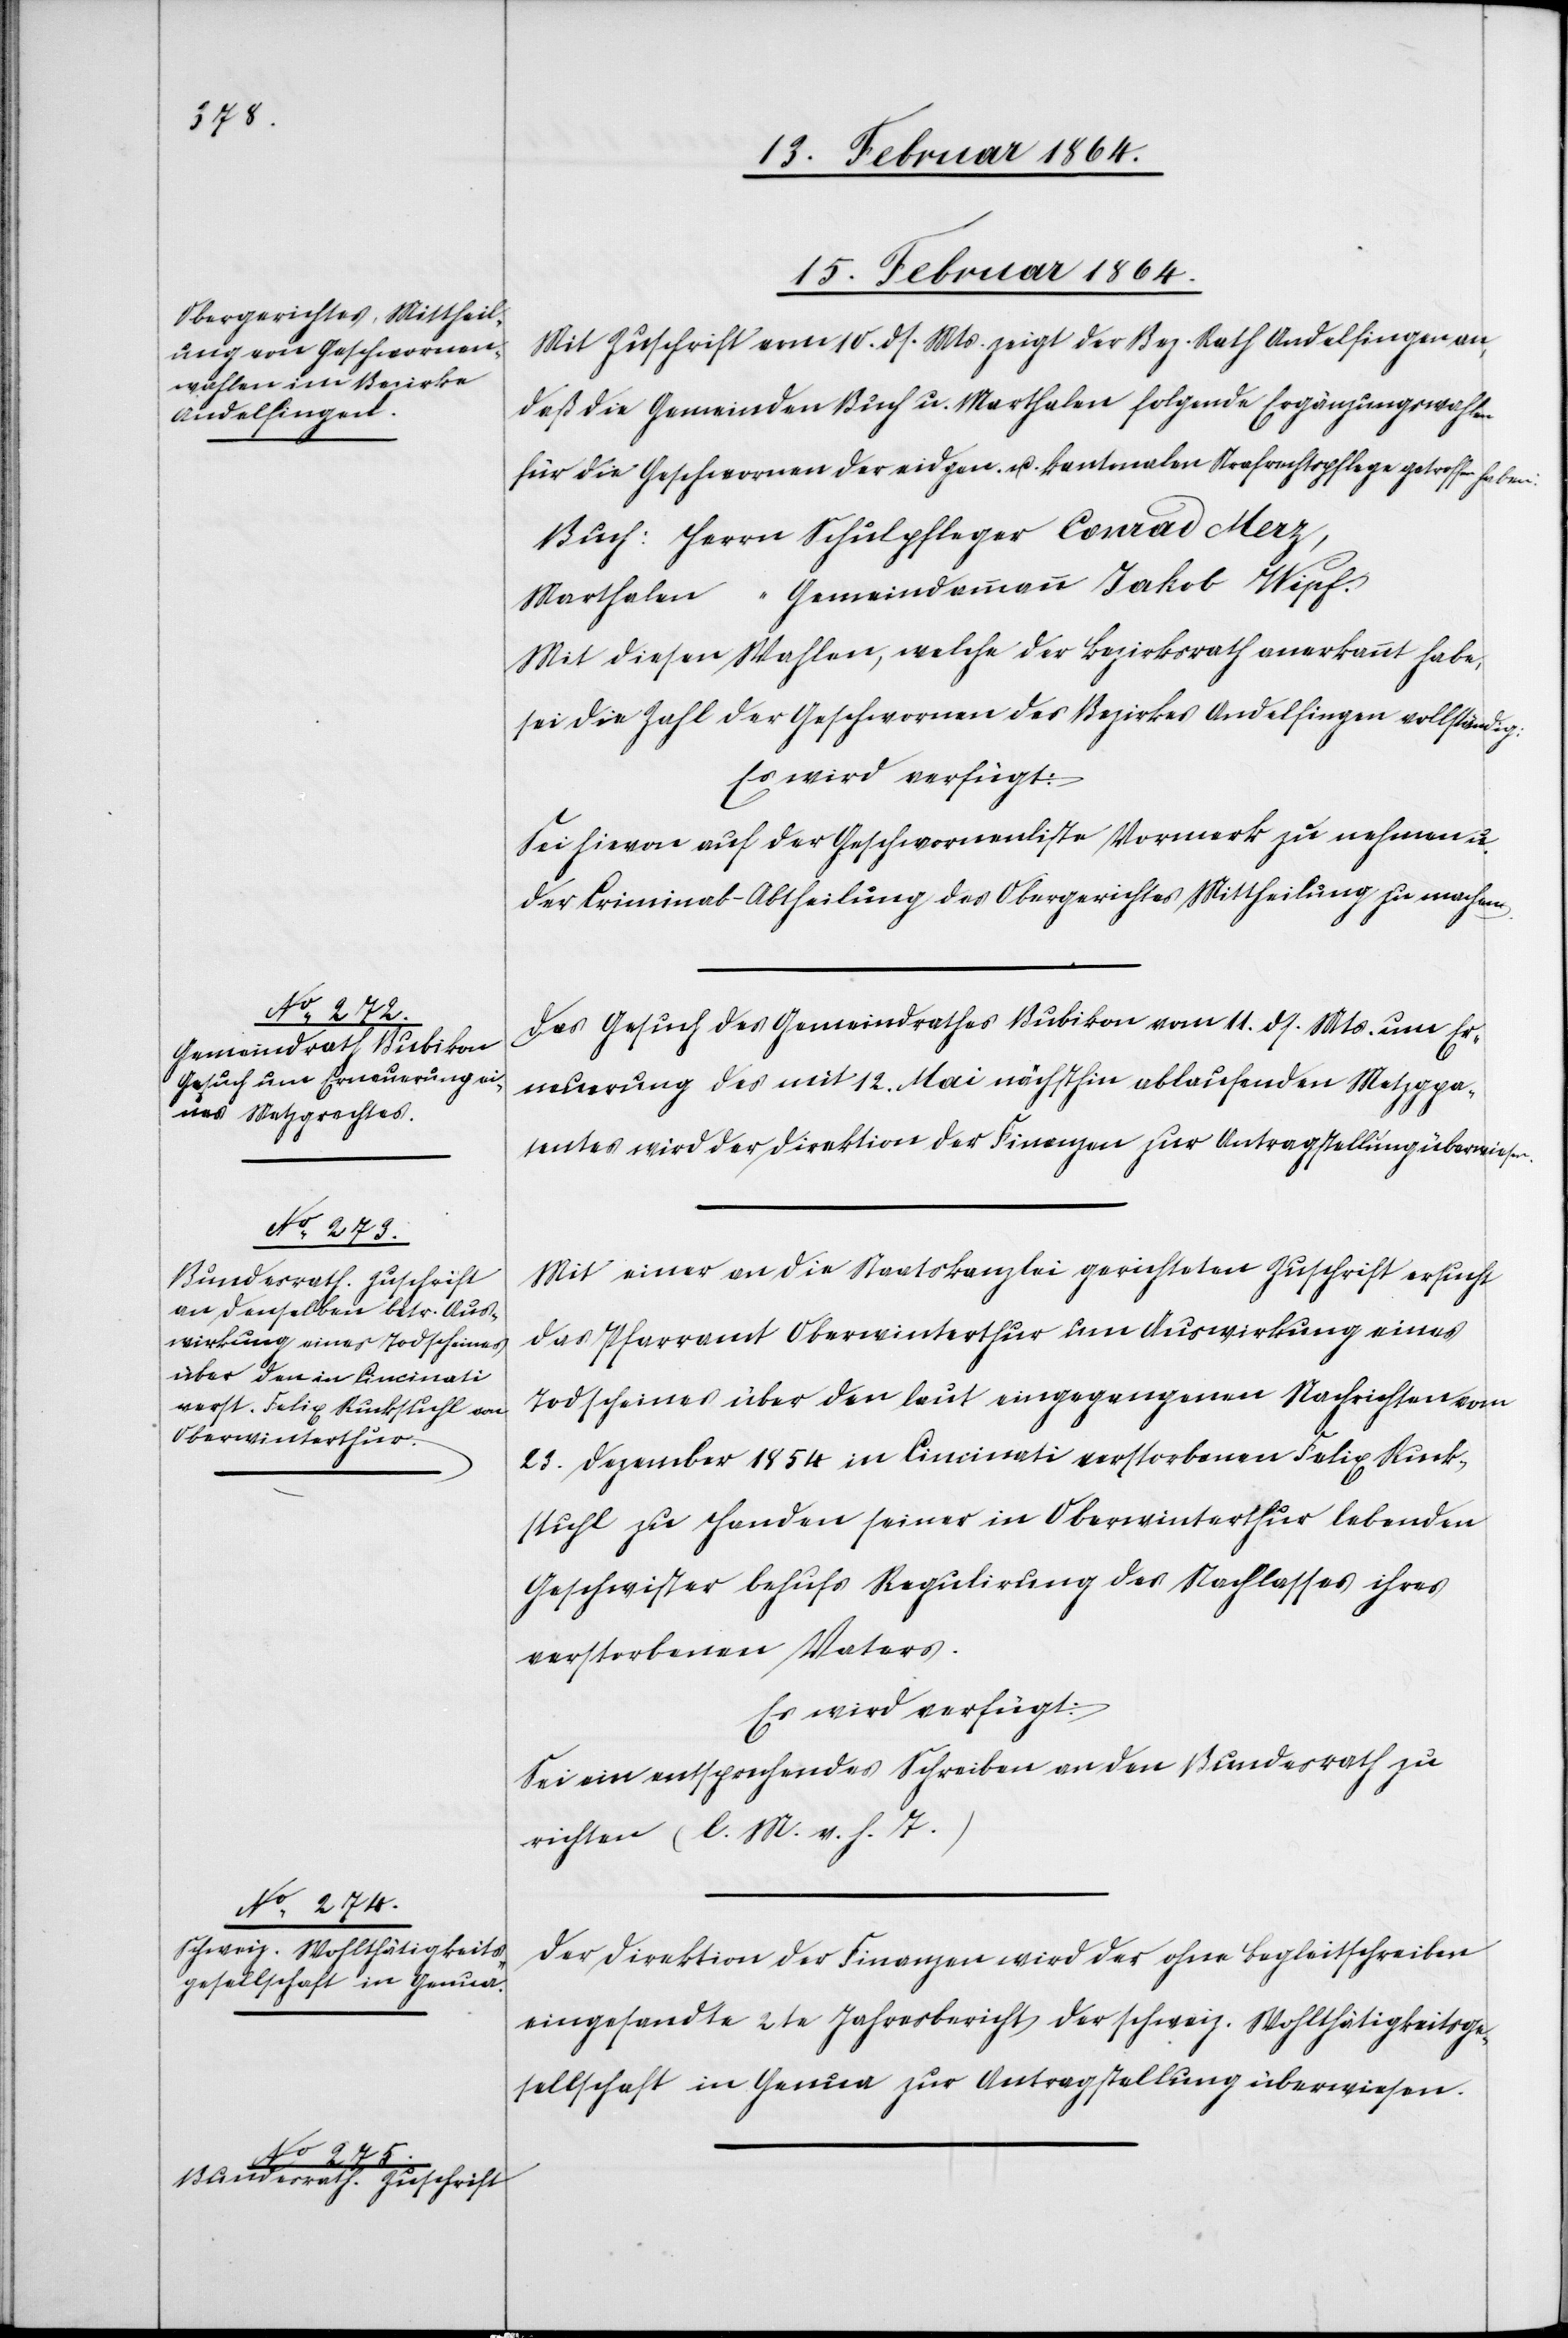
15. Februar 1864.]
15. Februar 1864.
Mit Zuschrift vom 10. ds. Mts. zeigt der Bez. Rath Andelfingen an,
daß die Gemeinden Buch u. Marthalen folgende Ergänzungswahlen
für die Geschworenen der eidgen. u. kantonalen Strafrechtspflege getroffen haben:
Buch: 		Herrn Schulpfleger Conrad Merz,
Marthalen:	 “ Gemeindammann Jakob Wipf.
Mit diesen Wahlen, welche der Bezirksrath anerkannt habe,
sei die Zahl der Geschworenen des Bezirkes Andelfingen vollständig:
Es wird verfügt:
Sei hievon auf der Geschworenenliste Vermerk zu nehmen u.
der Criminal-Abtheilung des Obergerichtes Mittheilung zu machen.
Das Gesuch des Gemeindrathes Bubikon vom 11. ds. Mts. um Er¬
neuerung des mit 12. Mai nächsthin ablaufenden Metzgpa¬
tentes wird der Direktion der Finanzen zur Antragstellung überwiesen.
Mit einer an die Staatskanzlei gerichteten Zuschrift ersucht
das Pfarramt Oberwinterthur um Auswirkung eines
Todscheines über den laut eingegangenen Nachrichten vom
23. Dezember 1854 in Cincinati verstorbenen Felix Ruck¬
stuhl zu Handen seiner in Oberwinterthur lebenden
Geschwister behufs Regulierung des Nachlasses ihres
verstorbenen Vaters.
Es wird verfügt:
Sei ein entsprechendes Schreiben an den Bundesrath zu
richten (l. M. v. h. T.)
Der Direktion der Finanzen wird der ohne Begleitschreiben
eingesandte 2te Jahresbericht der schweiz. Wohltätigkeitsge¬
sellschaft in Genua zur Antragstellung überwiesen.